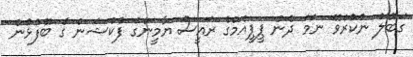
ގަބޫލު ނުކުރެވޭ ނަމަ ދެން ޕީޕީއެމްގެ ރައީސް ޔާމީންގެ ފެކްޝަން ގެ ބޭފުޅުން